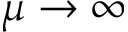
\mu \rightarrow \infty